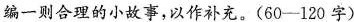
编一则合理的小故事，以作补充。(60-120字)'